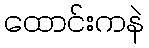
ထောင်းကနဲ